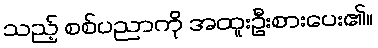
သည့် စစ်ပညာကို အထူးဦးစားပေး၏။